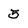
Character: 5